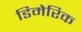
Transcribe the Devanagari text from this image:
डिमेरिक